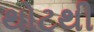
થોટથી